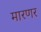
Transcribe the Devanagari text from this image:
मारणर